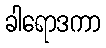
ခါရောဒကာ